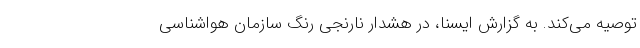
توصیه می‌کند. به گزارش ایسنا، در هشدار نارنجی ‌رنگ سازمان هواشناسی